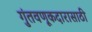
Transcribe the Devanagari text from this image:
गुंतवणूकदारासाठी